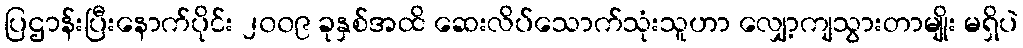
ပြဌာန်းပြီးနောက်ပိုင်း ၂၀၀၉ ခုနှစ်အထိ ဆေးလိပ်သောက်သုံးသူဟာ လျှော့ကျသွားတာမျိုး မရှိပဲ